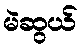
မဲဆွယ်